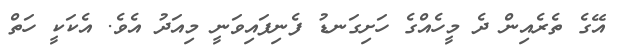
އޭގެ ތެރެއިން ދެ މީހެއްގެ ހަށިގަނޑު ފެނިފައިވަނީ މިއަދު އެވެ. އެކަކީ ހަތް